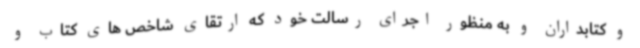
و کتابداران و به منظور اجرای رسالت خود که ارتقای شاخص های کتاب و